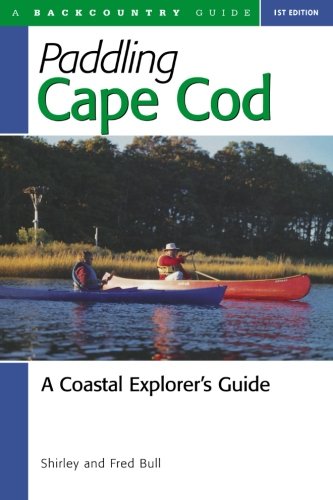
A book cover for Paddling Cape Cod: A Coastal Explorer's Guide; Shirley Bull; Sports & Outdoors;